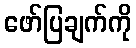
ဖော်ပြချက်ကို